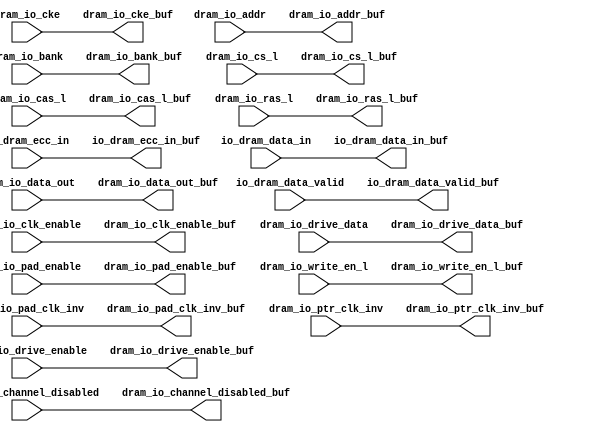
// ========== Copyright Header Begin ==========================================
// 
// OpenSPARC T1 Processor File: dram2_ddr2_rptr.v
// Copyright (c) 2006 Sun Microsystems, Inc.  All Rights Reserved.
// DO NOT ALTER OR REMOVE COPYRIGHT NOTICES.
// 
// The above named program is free software; you can redistribute it and/or
// modify it under the terms of the GNU General Public
// License version 2 as published by the Free Software Foundation.
// 
// The above named program is distributed in the hope that it will be 
// useful, but WITHOUT ANY WARRANTY; without even the implied warranty of
// MERCHANTABILITY or FITNESS FOR A PARTICULAR PURPOSE.  See the GNU
// General Public License for more details.
// 
// You should have received a copy of the GNU General Public
// License along with this work; if not, write to the Free Software
// Foundation, Inc., 51 Franklin St, Fifth Floor, Boston, MA 02110-1301, USA.
// 
// ========== Copyright Header End ============================================
module dram2_ddr2_rptr( /*AUTOARG*/
   // Outputs
   io_dram_data_valid_buf, io_dram_ecc_in_buf, io_dram_data_in_buf, 
   dram_io_cas_l_buf, dram_io_channel_disabled_buf, dram_io_cke_buf, 
   dram_io_clk_enable_buf, dram_io_drive_data_buf, 
   dram_io_drive_enable_buf, dram_io_pad_clk_inv_buf, 
   dram_io_pad_enable_buf, dram_io_ras_l_buf, dram_io_write_en_l_buf, 
   dram_io_addr_buf, dram_io_bank_buf, dram_io_cs_l_buf, 
   dram_io_data_out_buf, dram_io_ptr_clk_inv_buf, 
   // Inputs
   io_dram_data_valid, io_dram_ecc_in, io_dram_data_in, 
   dram_io_cas_l, dram_io_channel_disabled, dram_io_cke, 
   dram_io_clk_enable, dram_io_drive_data, dram_io_drive_enable, 
   dram_io_pad_clk_inv, dram_io_pad_enable, dram_io_ras_l, 
   dram_io_write_en_l, dram_io_addr, dram_io_bank, dram_io_cs_l, 
   dram_io_data_out, dram_io_ptr_clk_inv
   );

/*OUTPUTS*/
output 		io_dram_data_valid_buf;
output [31:0]	io_dram_ecc_in_buf;
output [255:0]	io_dram_data_in_buf;

output		dram_io_cas_l_buf;
output		dram_io_channel_disabled_buf;
output		dram_io_cke_buf;
output		dram_io_clk_enable_buf;
output		dram_io_drive_data_buf;
output		dram_io_drive_enable_buf;
output		dram_io_pad_clk_inv_buf;
output		dram_io_pad_enable_buf;
output		dram_io_ras_l_buf;
output		dram_io_write_en_l_buf;
output [14:0]	dram_io_addr_buf;
output [2:0]	dram_io_bank_buf;
output [3:0]	dram_io_cs_l_buf;
output [287:0]	dram_io_data_out_buf;
output [4:0]	dram_io_ptr_clk_inv_buf;

/*INPUTS*/
input 		io_dram_data_valid;
input [31:0]	io_dram_ecc_in;
input [255:0]	io_dram_data_in;

input          dram_io_cas_l;
input          dram_io_channel_disabled;
input          dram_io_cke;
input          dram_io_clk_enable;
input          dram_io_drive_data;   
input          dram_io_drive_enable;   
input          dram_io_pad_clk_inv;     
input          dram_io_pad_enable;    
input          dram_io_ras_l;
input          dram_io_write_en_l;
input [14:0]   dram_io_addr;
input [2:0]    dram_io_bank;
input [3:0]    dram_io_cs_l;
input [287:0]  dram_io_data_out;
input [4:0]    dram_io_ptr_clk_inv;


/************************* CODE *********************************/

assign io_dram_data_in_buf                   = io_dram_data_in[255:0]; 
assign io_dram_data_valid_buf                = io_dram_data_valid;   
assign io_dram_ecc_in_buf                    = io_dram_ecc_in[31:0]; 

assign dram_io_addr_buf                      = dram_io_addr[14:0];   
assign dram_io_bank_buf                      = dram_io_bank[2:0];    
assign dram_io_cas_l_buf                     = dram_io_cas_l;       
assign dram_io_channel_disabled_buf          = dram_io_channel_disabled; 
assign dram_io_cke_buf                       = dram_io_cke;          
assign dram_io_clk_enable_buf                = dram_io_clk_enable;   
assign dram_io_cs_l_buf                      = dram_io_cs_l[3:0];    
assign dram_io_data_out_buf                  = dram_io_data_out[287:0]; 
assign dram_io_drive_data_buf                = dram_io_drive_data;   
assign dram_io_drive_enable_buf              = dram_io_drive_enable; 
assign dram_io_pad_clk_inv_buf               = dram_io_pad_clk_inv;  
assign dram_io_pad_enable_buf                = dram_io_pad_enable;   
assign dram_io_ptr_clk_inv_buf               = dram_io_ptr_clk_inv[4:0]; 
assign dram_io_ras_l_buf                     = dram_io_ras_l;        
assign dram_io_write_en_l_buf                = dram_io_write_en_l;   

endmodule